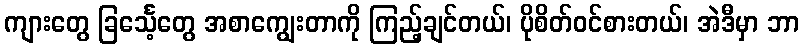
ကျားတွေ ခြင်္သေ့တွေ အစာကျွေးတာကို ကြည့်ချင်တယ်၊ ပိုစိတ်ဝင်စားတယ်၊ အဲဒီမှာ ဘာ